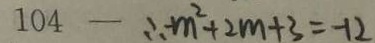
1 0 4 - \therefore m ^ { 2 } + 2 m + 3 = - 1 2